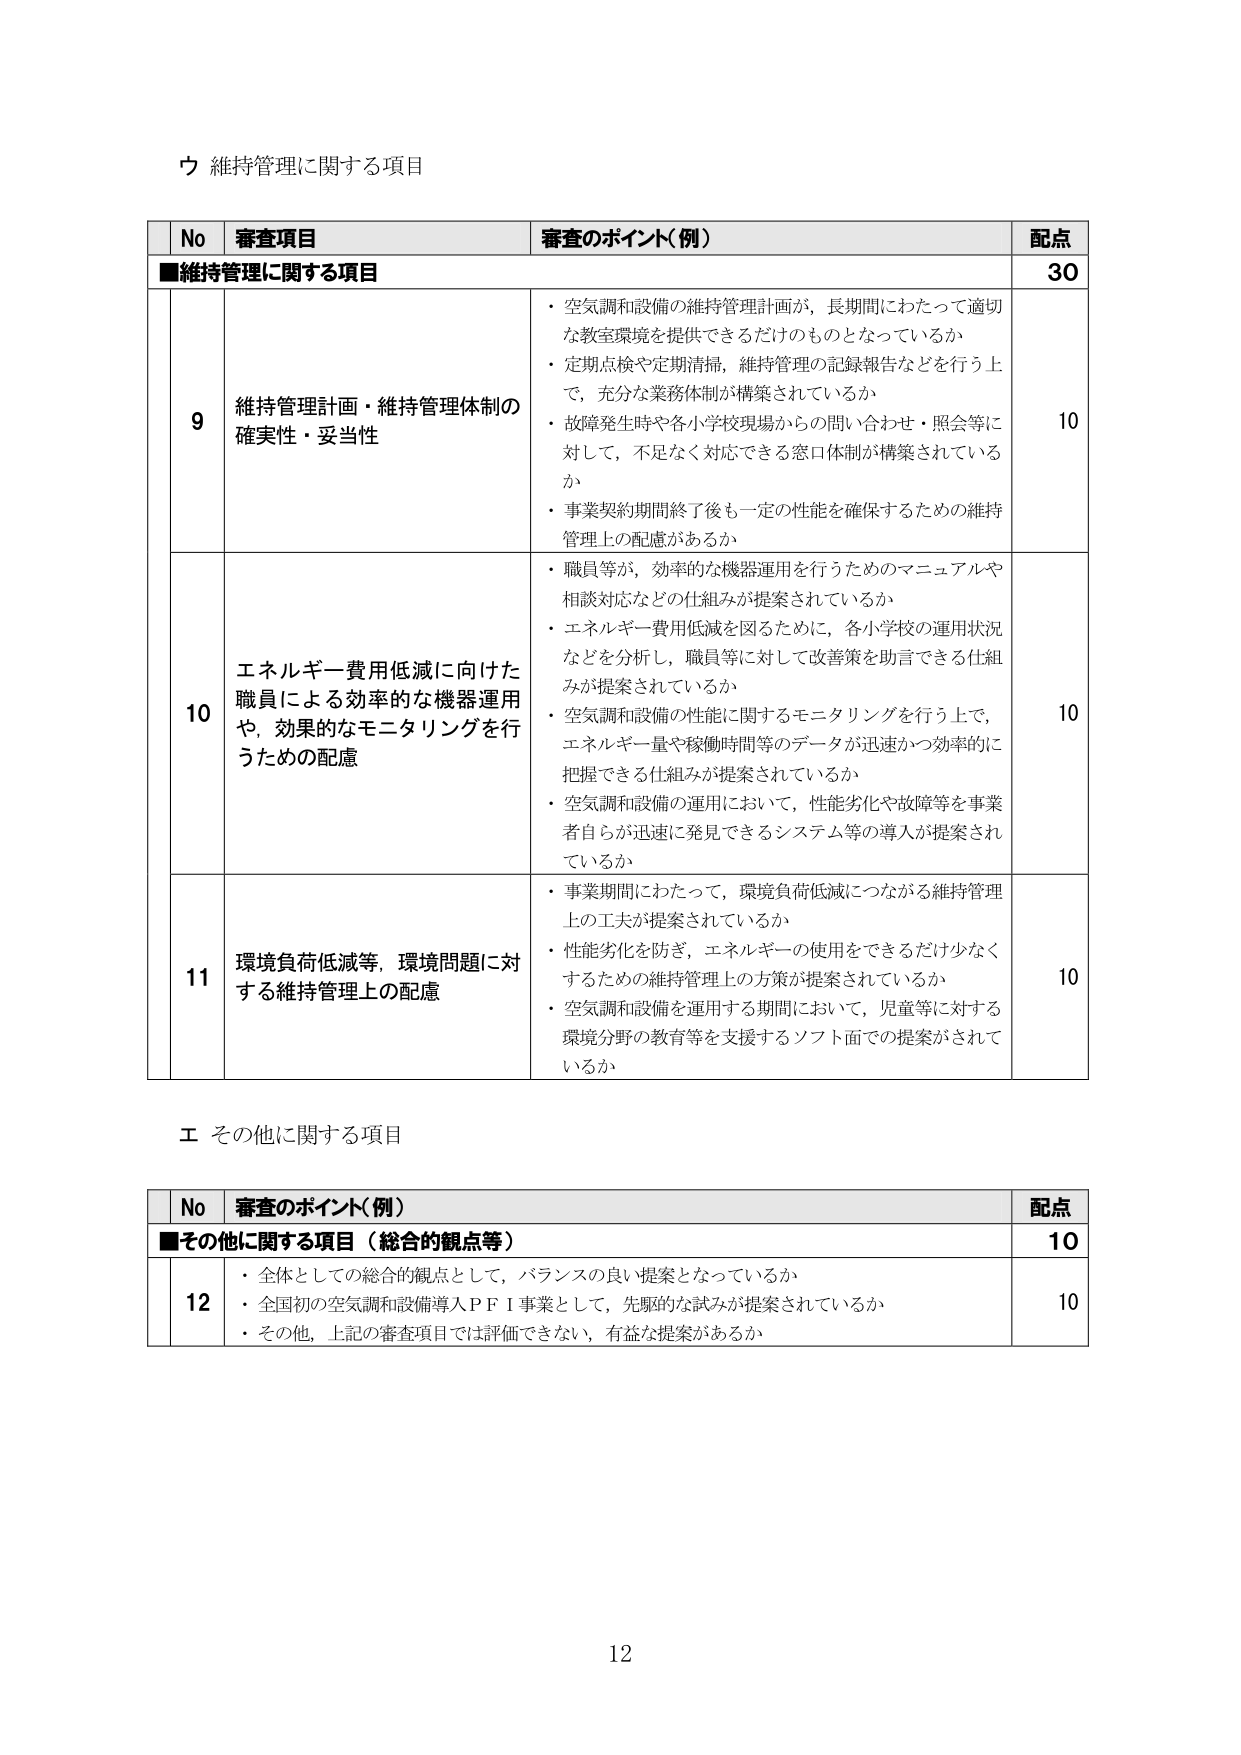
ウ 維持管理に関する項目

No 審査項目 審査のポイント（例） 配点
■維持管理に関する項目 30
9 維持管理計画・維持管理体制の確実性・妥当性
・空気調和設備の維持管理計画が，長期間にわたって適切な教室環境を提供できるだけのものとなっているか
・定期点検や定期清掃，維持管理の記録報告などを行う上で，充分な業務体制が構築されているか
・故障発生時や各小学校現場からの問い合わせ・照会等に対して，不足なく対応できる窓口体制が構築されているか
・事業契約期間終了後も一定の性能を確保するための維持管理上の配慮があるか 10
10 エネルギー費用低減に向けた職員による効率的な機器運用や，効果的なモニタリングを行うための配慮
・職員等が，効率的な機器運用を行うためのマニュアルや相談対応などの仕組みが提案されているか
・エネルギー費用低減を図るために，各小学校の運用状況などを分析し，職員等に対して改善策を助言できる仕組みが提案されているか
・空気調和設備の性能に関するモニタリングを行う上で，エネルギー量や稼働時間等のデータが迅速かつ効率的に把握できる仕組みが提案されているか
・空気調和設備の運用において，性能劣化や故障等を事業者自らが迅速に発見できるシステム等の導入が提案されているか 10
11 環境負荷低減等，環境問題に対する維持管理上の配慮
・事業期間にわたって，環境負荷低減につながる維持管理上の工夫が提案されているか
・性能劣化を防ぎ，エネルギーの使用をできるだけ少なくするための維持管理上の方策が提案されているか
・空気調和設備を運用する期間において，児童等に対する環境分野の教育等を支援するソフト面での提案がされているか 10

エ その他に関する項目

No 審査のポイント（例） 配点
■その他に関する項目（総合的観点等） 10
12
・全体としての総合的観点として，バランスの良い提案となっているか
・全国初の空気調和設備導入ＰＦＩ事業として，先駆的な試みが提案されているか
・その他，上記の審査項目では評価できない，有益な提案があるか 10

12